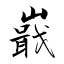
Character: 嶯